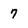
Character: 7